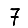
Digit: 7